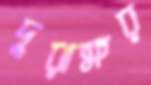
দুরাক্ষর